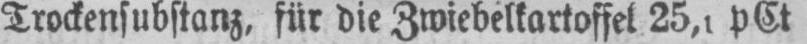
Trockensubstanz, für die Zwiebelkartoffel 25,1 pCt